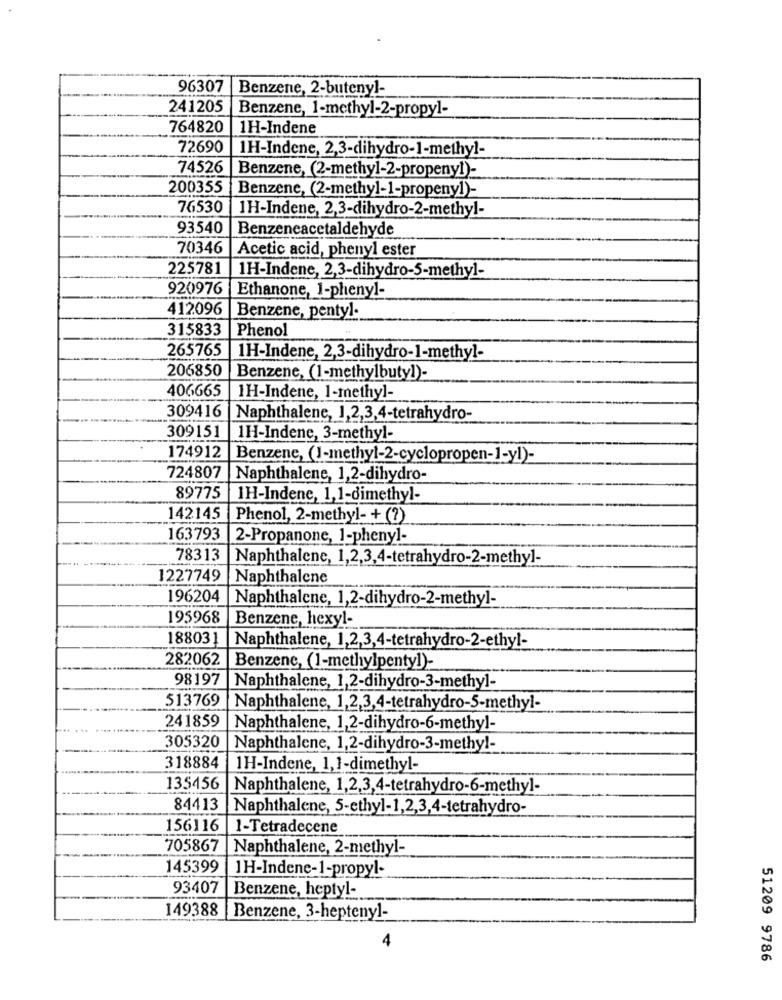
96307
Benzene, 2-butenyl-
241205
Benzene, 1-methyl-2-propyl-
764820
1H-Indene
72690
1H-Indene, 2,3-dihydro-1-methyl-
74526
Benzene, (2-methyl-2-propeny!)-
200355 Benzene, (2-methyl-1-propeny])-
76530
1H-Indene, 2,3-dihydro-2-methyl-
93540
Benzeneacetaldehyde
70346
Acetic acid, phenyl ester
225781
1H-Indene, 2,3-dihydro-5-methyl-
920976 |Ethanone, 1-phenyl-
412096
Benzene, pentyl-
315833 Phenol
265765
1H-Indene, 2,3-dihydro-1-methyl-
206850
Benzene, (1-methylbutyl)-
406665
1H-Indene, 1-methyl-
309416
Naphthalene, 1,2,3,4-tetrahydro-
309151
1H-Indene, 3-methyl-
174912
Benzene, (1-methyl-2-cyclopropen-1-yl)-
724807
Naphthalene, 1,2-dihydro-
89775
1H-Indene, 1,1-dimethyl-
142145
Phenol, 2-methyl- + (?)
163793
2-Propanone, 1-phenyl-
78313
Naphthalene, 1,2,3,4-tetrahydro-2-methyl-
1227749
Naphthalene
196204
Naphthalene, 1,2-dihydro-2-methyl-
195968
Benzene, hexyl-
188031
Naphthalene, 1,2,3,4-tetrahydro-2-ethyl-
282062 |Benzene, (1-methylpenty])-
98197 |Naphthalene, 1,2-dihydro-3-methyl-
513769
Naphthalene, 1,2,3,4-tetrahydro-5-methyl-
241859
Naphthalene, 1,2-dihydro-6-methyl-
305320
Naphthalene, 1,2-dihydro-3-methyl-
318884
1H-Indene, 1,1-dimethyl-
135456
Naphthalene, 1,2,3,4-tetrahydro-6-methyl-
84413
Naphthalene, 5-ethyl-1,2,3,4-tetrahydro-
156116
1-Tetradecene
705867
Naphthalene, 2-methyl-
145399
1H-Indene-1-propyl-
93407
Benzene, heptyl-
149388
Benzene, 3-heptenyl-
4
51209 9786